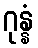
ဂုန္နံ